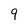
Character: 9